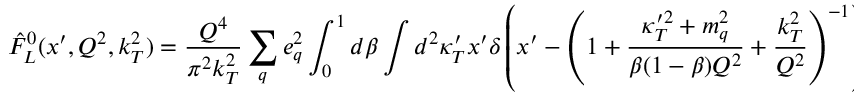
\hat { F } _ { L } ^ { 0 } ( x ^ { \prime } , Q ^ { 2 } , k _ { T } ^ { 2 } ) = { \frac { Q ^ { 4 } } { \pi ^ { 2 } k _ { T } ^ { 2 } } } \sum _ { q } e _ { q } ^ { 2 } \int _ { 0 } ^ { 1 } d \beta \int d ^ { 2 } \kappa _ { T } ^ { \prime } x ^ { \prime } \delta \left( x ^ { \prime } - \left( 1 + { \frac { \kappa _ { T } ^ { \prime 2 } + m _ { q } ^ { 2 } } { \beta ( 1 - \beta ) Q ^ { 2 } } } + { \frac { k _ { T } ^ { 2 } } { Q ^ { 2 } } } \right) ^ { - 1 } \right) \times \nonumber